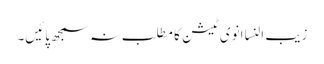
زیب النسا انوی ٹیشن کا مطلب نہ سمجھ پائیں۔